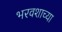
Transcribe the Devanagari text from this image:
भरवशाच्या